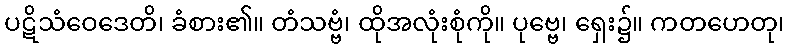
ပဋိသံဝေဒေတိ၊ ခံစား၏။ တံသဗ္ဗံ၊ ထိုအလုံးစုံကို။ ပုဗ္ဗေ၊ ရှေး၌။ ကတဟေတု၊